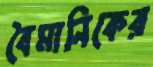
বৈমানিকের